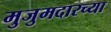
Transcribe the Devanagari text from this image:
मुजुमदारच्या